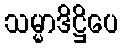
သမ္မာဒိဋ္ဌိပေ